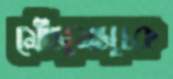
মৌসুমসূচক